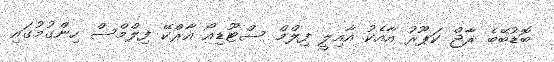
ބޮޑުބޭބެ ރާޖް ކަޕޫރު އާއެކު އާއިލީ ފިލްމް ސްޓޫޑިއޯ އާރްކޭ ފިލްމްސް ހިންގުމުގައި